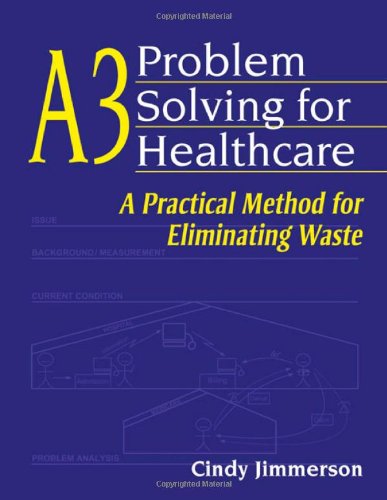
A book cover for A3 Problem Solving for Healthcare: A Practical Method for Eliminating Waste; Cindy Jimmerson; Medical Books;